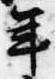
年